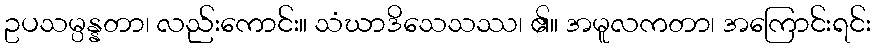
ဥပသမ္ပန္နတာ၊ လည်းကောင်း။ သံဃာဒိသေသဿ၊ ၏။ အမူလကတာ၊ အကြောင်းရင်း